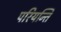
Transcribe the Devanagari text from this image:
परियन्ति